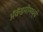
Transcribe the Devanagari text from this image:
ॲकॅडमीमध्ये